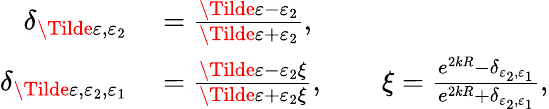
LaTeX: \begin{array}{rl}{\delta_{\Tilde{\varepsilon},\varepsilon_{2}}}&{{}=\frac{\Tilde{\varepsilon}-\varepsilon_{2}}{\Tilde{\varepsilon}+\varepsilon_{2}},}\\ {\delta_{\Tilde{\varepsilon},\varepsilon_{2},\varepsilon_{1}}}&{{}=\frac{\Tilde{\varepsilon}-\varepsilon_{2}\xi}{\Tilde{\varepsilon}+\varepsilon_{2}\xi},\qquad\xi=\frac{e^{2kR}-\delta_{\varepsilon_{2},\varepsilon_{1}}}{e^{2kR}+\delta_{\varepsilon_{2},\varepsilon_{1}}},}\end{array}